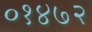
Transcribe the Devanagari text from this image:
०१४७२